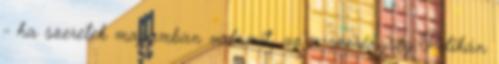
- ha szeretek magamban valamit, az a szerénység Pelikán